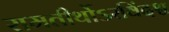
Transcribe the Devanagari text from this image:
रामतीर्थोऽरविंदश्च